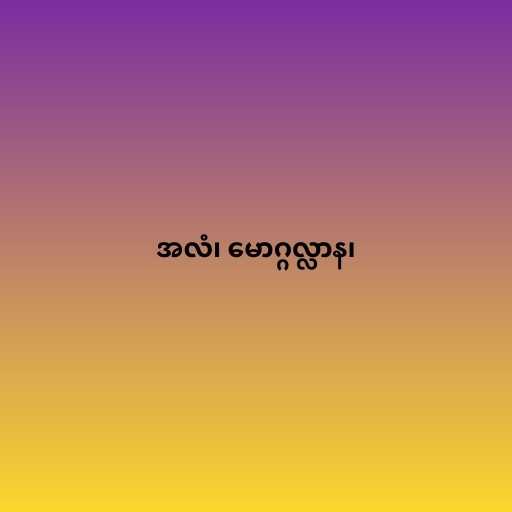
အလံ၊ မောဂ္ဂလ္လာန၊